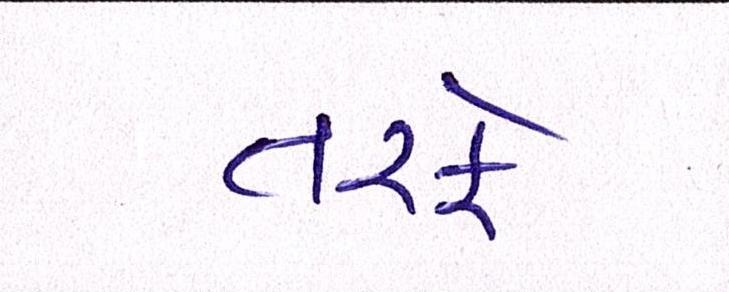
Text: તરફે